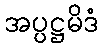
အပ္ပဋ္ဌမိဒံ